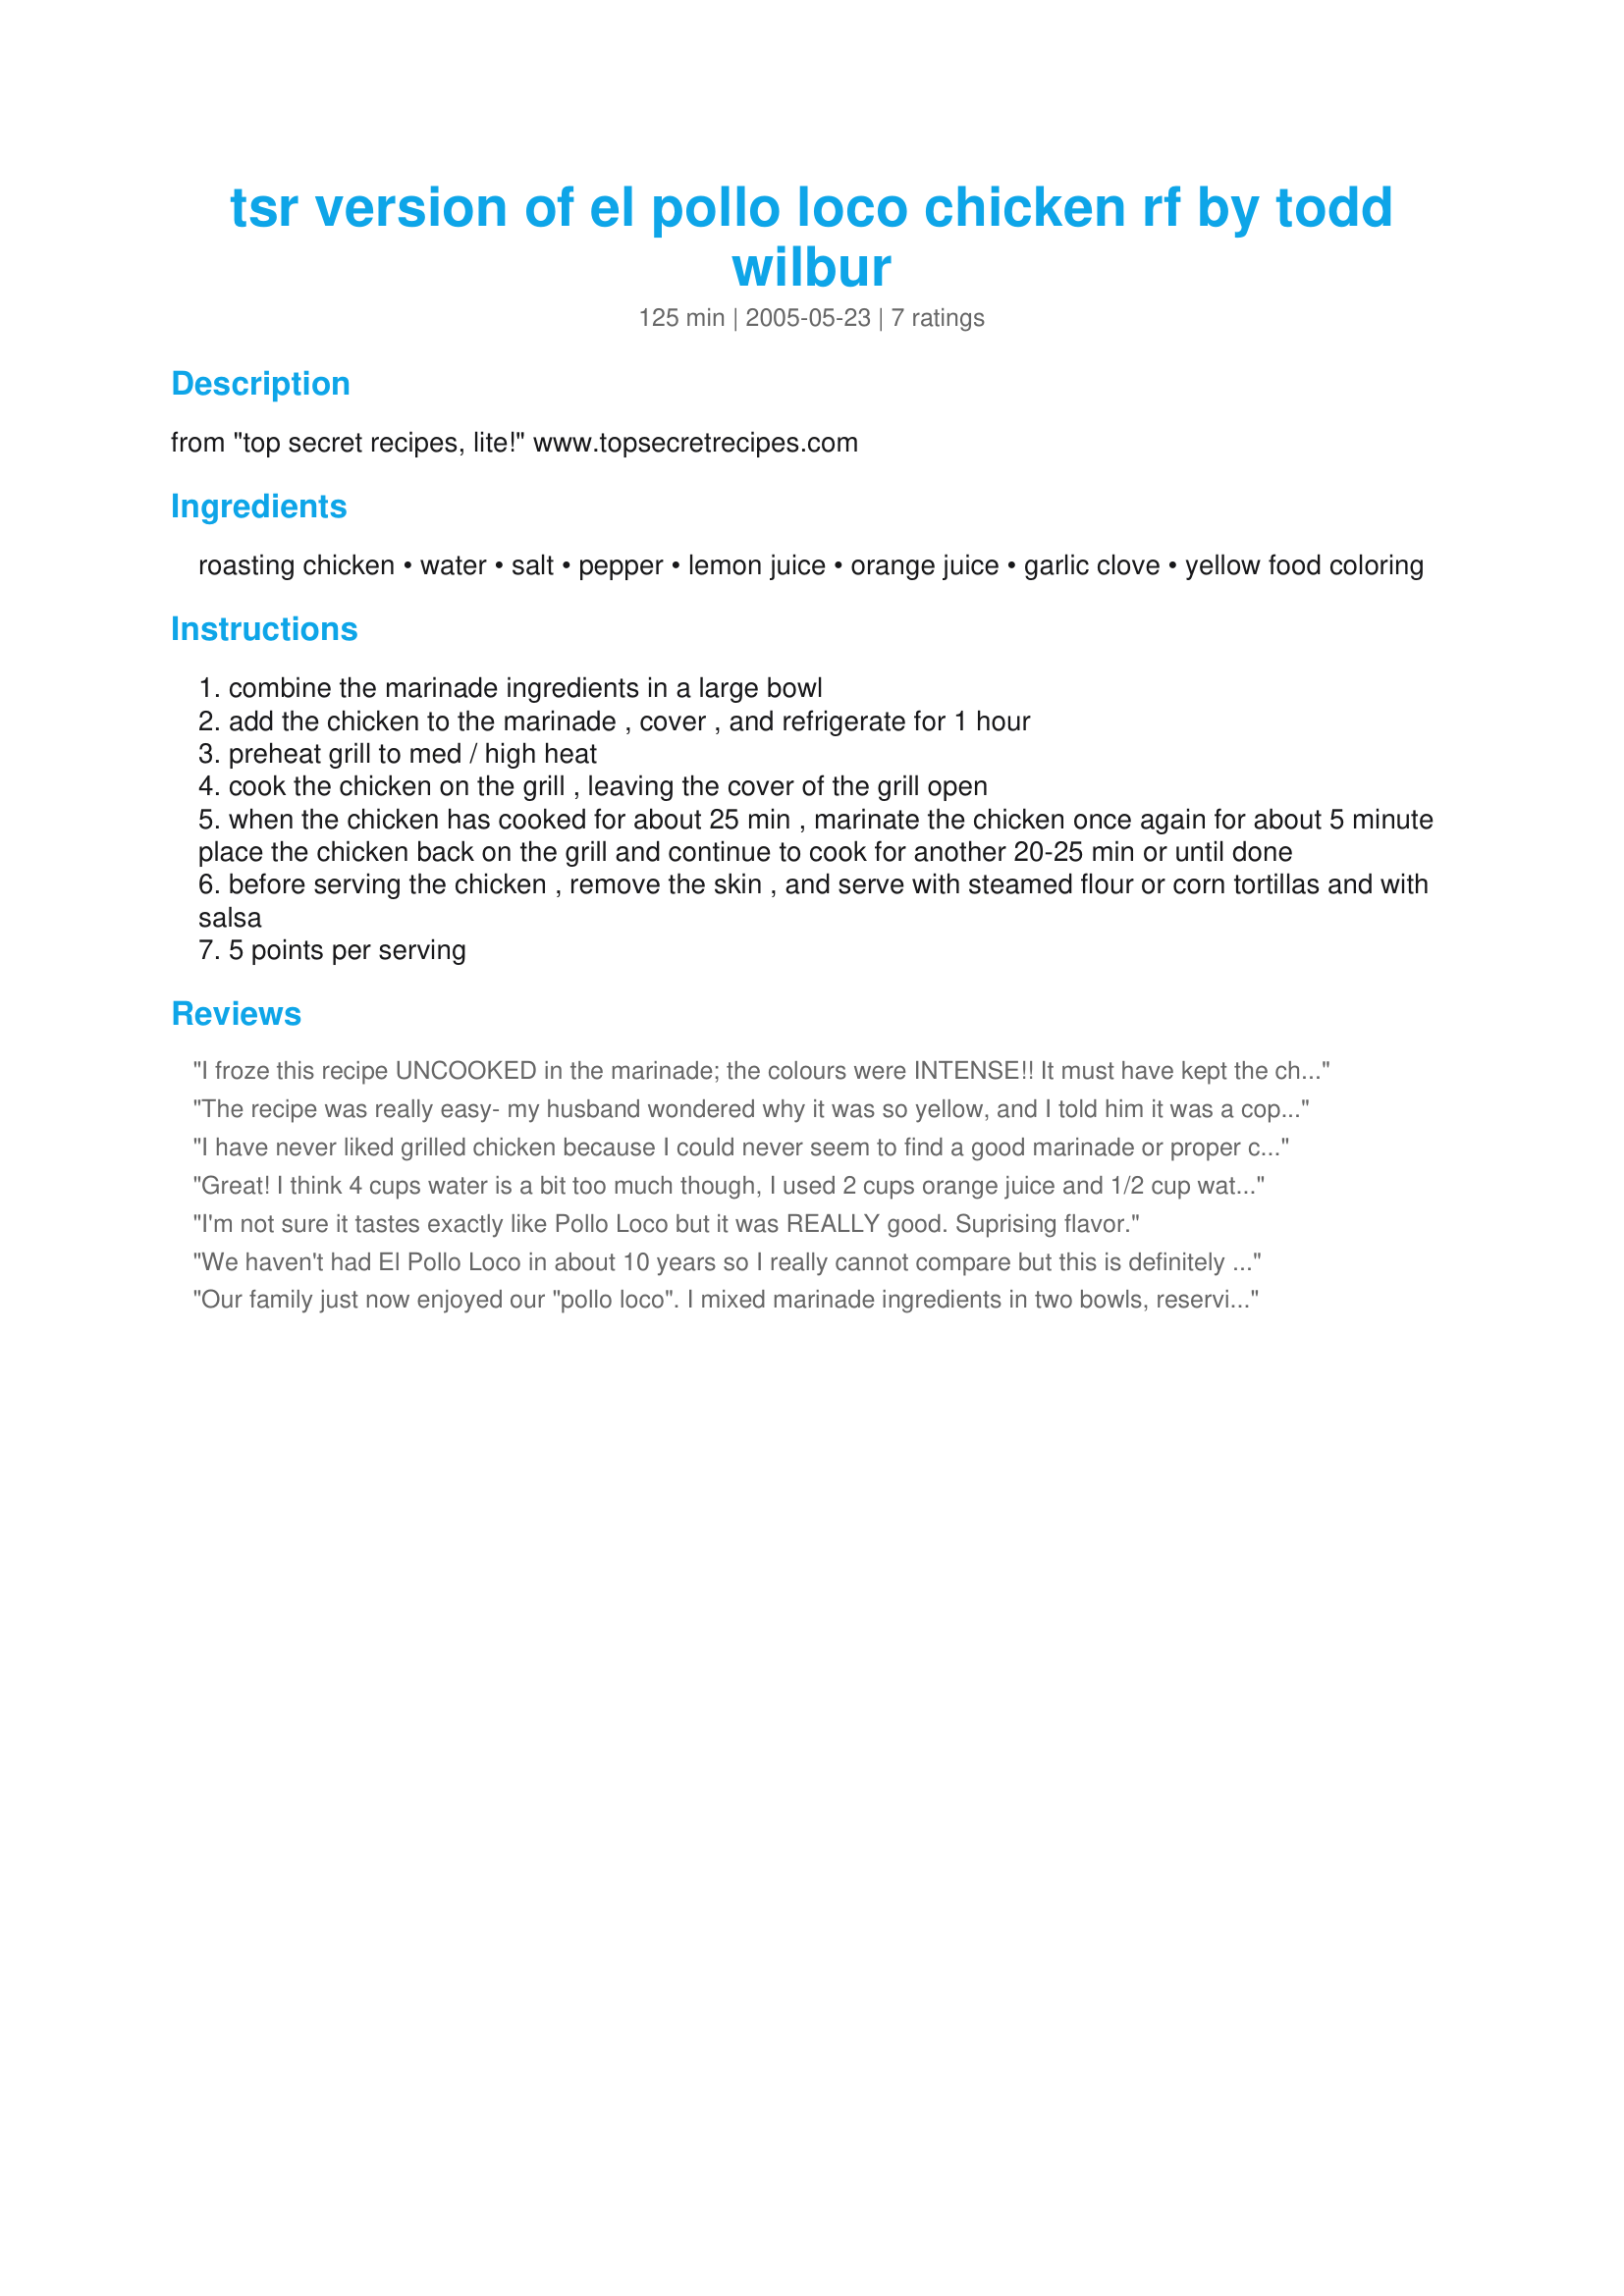
tsr version of el pollo loco chicken rf by todd wilbur
Preparation time: 125 minutes

from "top secret recipes, lite!"
www.topsecretrecipes.com

Ingredients:
roasting chicken, water, salt, pepper, lemon juice, orange juice, garlic clove, yellow food coloring

Steps:
combine the marinade ingredients in a large bowl
add the chicken to the marinade , cover , and refrigerate for 1 hour
preheat grill to med / high heat
cook the chicken on the grill , leaving the cover of the grill open
when the chicken has cooked for about 25 min , marinate the chicken once again for about 5 minute place the chicken back on the grill and continue to cook for another 20-25 min or until done
before serving the chicken , remove the skin , and serve with steamed flour or corn tortillas and with salsa
5 points per serving

Reviews:
I froze this recipe UNCOOKED in the marinade; the colours were INTENSE!! It must have kept the chicken really moist, as when I grilled it, it was SO soft and tender. I will try and freeze this cooked next time - but the uncooked version worked fine - and I suspect that this would be a great method to have such a tasty chicken recipe in the freezer to whip out at the last minute. I used skinned and boned chicken pieces and put them into zip-lock freezer bags in units of 3 portions per bag - I froze 6 portions. I served this with salad and flour tortillas - we wrapped them up with the salad and some WW salsa I had in the pantry. This is a WONDERFUL WW recipe which I WILL be making many times again. The freezer challenge has added to the versatility of this recipe. Made for the OAMC/Freezer Tag Game - and saved for MANY meals in the future! Thanks - FT :-)
The recipe was really easy- my husband wondered why it was so yellow, and I told him it was a copy of El Pollo Loco. He said, that it was really good, that we should try it again w/ roaster chicken pieces. (I used boneless chicken breasts). Definitely a keeper! Not sure if so much water is needed though, maybe cut down on both the water and the food coloring?
I have never liked grilled chicken because I could never seem to find a good marinade or proper cooking instructions that worked. It was very quick and easy. This is the best chicken I have ever made on a grill! Thanks so much for sharing! I also made homemade flour tortillas to put the chicken on..outstanding!
Great! I think 4 cups water is a bit too much though, I used 2 cups orange juice and 1/2 cup water. Maybe if it were going to marinade overnight it would be okay. Otherwise the garlic and citrus is the perfect combination! Very nice!
I'm not sure it tastes exactly like Pollo Loco but it was REALLY good. Suprising flavor.
We haven't had El Pollo Loco in about 10 years so I really cannot compare but this is definitely a keeper for us. I cut the recipe in half and used 3 (6 Ounce) boneless skinless chicken breasts, added 1/2 teaspoon cumin and used fresh juice. Made an excellent chicken salad, will be making again.
Our family just now enjoyed our "pollo loco". I mixed marinade ingredients in two bowls, reserving second for basting instead of marinating for 5 more minutes after cooking first 20-25 min. I left out the food coloring and only used 1/4 tsp salt for each marinade.
Our meal was delicious! I served with corn tortillas, home made salsa and fresh avocados! We will definately make over and over again this summer! Thank you for sharing!
